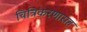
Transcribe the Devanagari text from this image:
चित्रिकरणासह